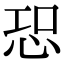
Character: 𢙢